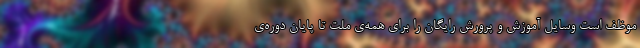
موظف است وسایل آموزش و پرورش رایگان را برای همه‌ی ملت تا پایان دوره‌ی